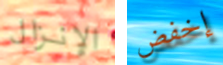
الإنزال إخفض